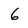
Character: 6